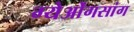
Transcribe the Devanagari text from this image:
ग्येओंगसांग